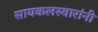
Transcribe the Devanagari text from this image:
सायकलस्वारांनी